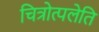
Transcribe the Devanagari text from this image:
चित्रोत्पलेति